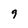
Character: 9